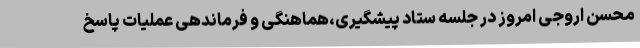
محسن اروجی امروز در جلسه ستاد پیشگیری،هماهنگی و فرماندهی عملیات پاسخ